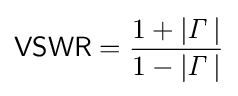
{\mathsf {VSWR}}={\frac {1+\left|{\mathit {\Gamma }}\,\right|}{1-\left|{\mathit {\Gamma }}\,\right|}}